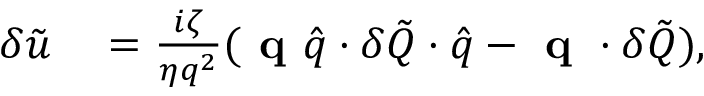
\begin{array} { r l } { \delta \tilde { u } } & { { } = \frac { i \zeta } { \eta q ^ { 2 } } ( \textbf { q } \hat { q } \cdot \delta \tilde { Q } \cdot \hat { q } - \textbf { q } \cdot \delta \tilde { Q } ) , } \end{array}